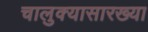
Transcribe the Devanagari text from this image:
चालुक्यासारख्या